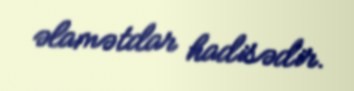
əlamətdar hadisədir.